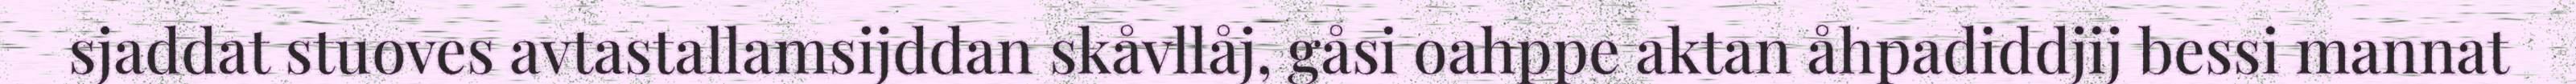
sjaddat stuoves avtastallamsijddan skåvllåj, gåsi oahppe aktan åhpadiddjij bessi mannat